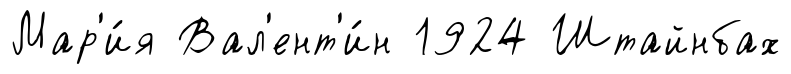
Мар'и́я Вал'ент'и́н 1924 Штайнбах